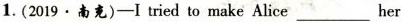
1. (2019.南充)—I tried to make Alice___ her